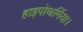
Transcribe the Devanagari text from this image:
हाइपोथर्मिया।